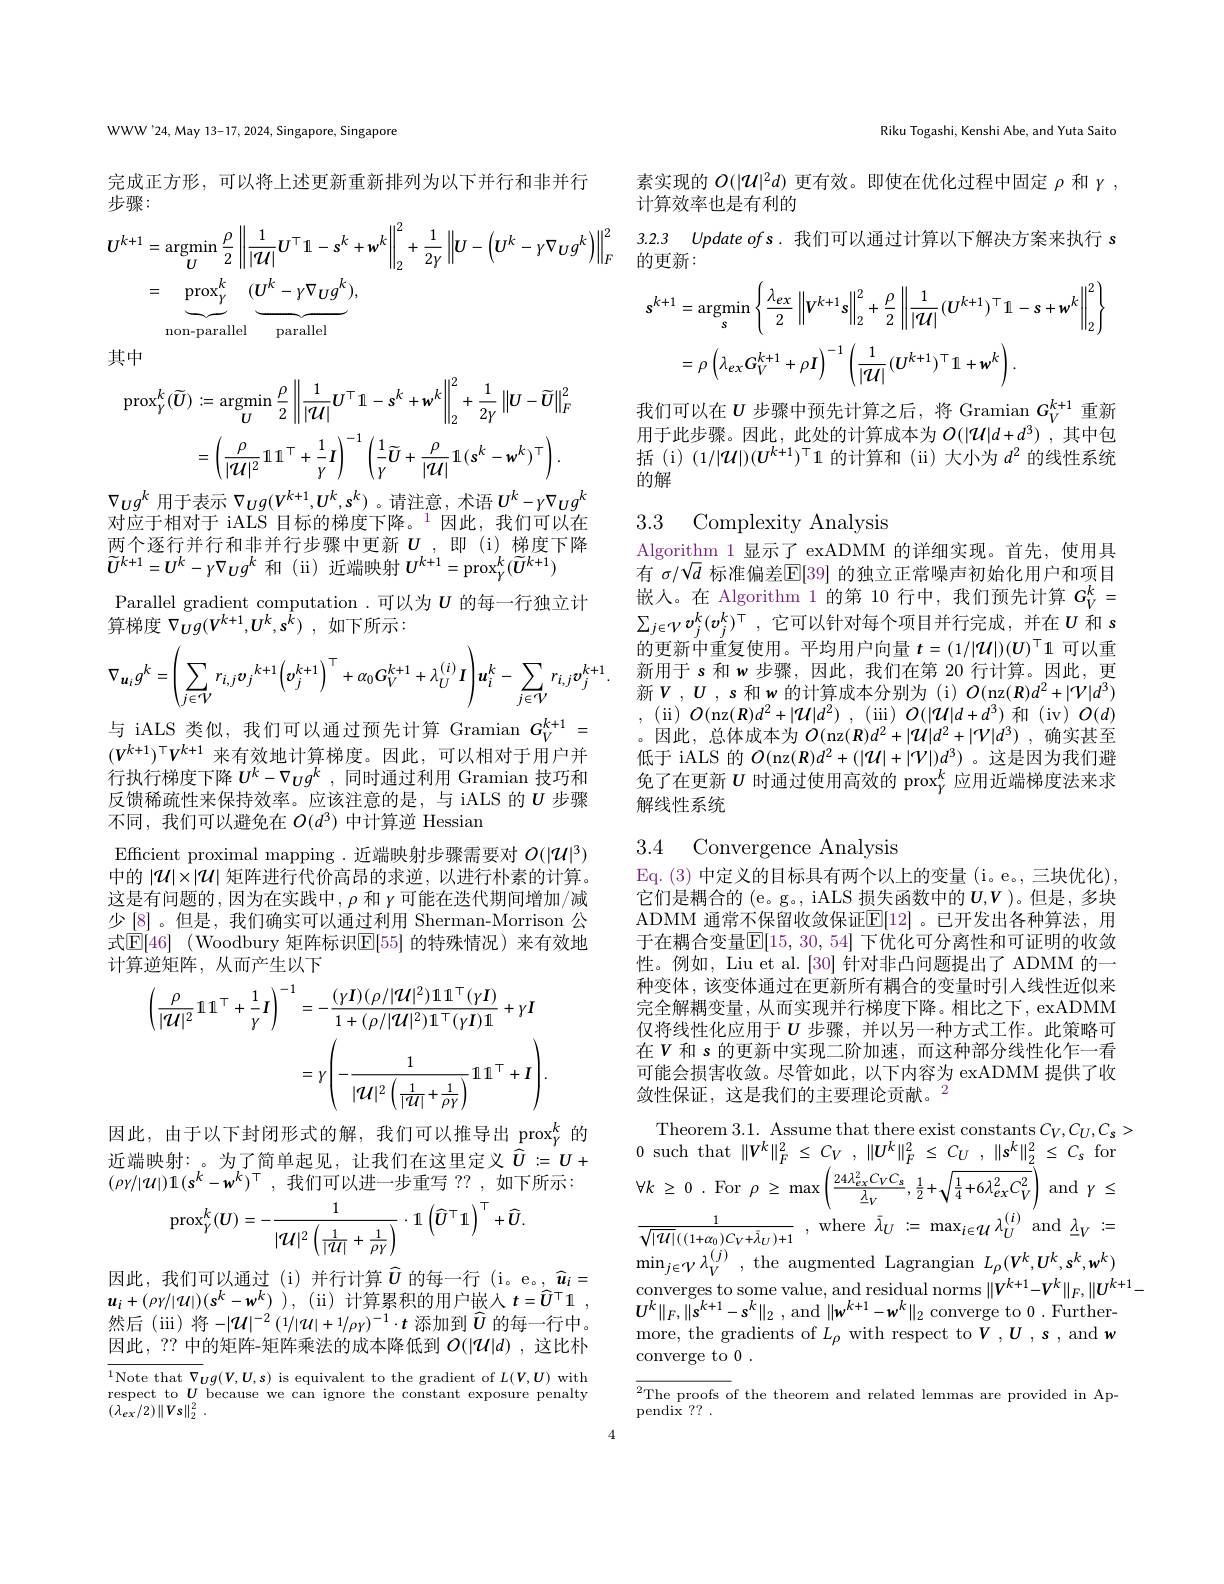
WWW'24, May 13-17, 2024, Singapore, Singapore

完成正方形，可以将上述更新重新排列为以下并行和非并行
步骤：
$$\begin{aligned}&U^{k+1}=\operatorname*{argmin}_{U}\frac{\rho}{2}\left\|\frac{1}{|\mathcal{U}|}U^{\top}1-s^{k}+w^{k}\right\|_{2}^{2}+\frac{1}{2\gamma}\left\|U-\left(U^{k}-\gamma\nabla_{U}g^{k}\right)\right\|_{F}^{2}\\&=\underbrace{\mathrm{prox}_{\gamma}^{k}}_{\mathrm{non-parallel}}(\underbrace{U^{k}-\gamma\nabla_{U}g^{k}}_{\mathrm{parallel}}),\end{aligned}$$
其中
$$\begin{aligned}\mathrm{prox}_{\gamma}^{k}(\widetilde{U})&:=\underset{U}{\operatorname*{argmin}}\frac{\rho}{2}\left\|\frac{1}{|\mathcal{U}|}U^{\top}1-s^{k}+w^{k}\right\|_{2}^{2}+\frac{1}{2\gamma}\left\|U-\widetilde{U}\right\|_{F}^{2}\\&=\left(\frac{\rho}{|\mathcal{U}|^{2}}11^{\top}+\frac{1}{\gamma}I\right)^{-1}\left(\frac{1}{\gamma}\widetilde{U}+\frac{\rho}{|\mathcal{U}|}1\:(s^{k}-w^{k})^{\top}\right).\end{aligned}$$
$\nabla_{\boldsymbol{U}}g^k$用于表示$\nabla_\boldsymbol{U}g(\boldsymbol V^{k+1},\boldsymbol{U}^k,\boldsymbol{s}^k)$ 。请注意，术语$\boldsymbol U^k-\gamma\nabla_{\boldsymbol{U}}g^k$

对应于相对于 iALS 目标的梯度下降。$^{1}$因此，我们可以在两个逐行并行和非并行步骤中更新$U$,即(i)梯度下降$\widetilde{U}^{k+1}=U^{k}-\gamma\nabla_{U}g^{k}$和(ii)近端映射$U^k+1=\mathrm{prox}_{Y}^{k}(\widetilde{U}^{k+1})$
Parallel gradient computation.可以为$U$的每一行独立计
算梯度$\nabla _{U}g( V^{k+ 1}, U^{k}, s^{\hat{k} })$ ,如下所示：
$$\nabla_{\boldsymbol{u}_{i}}g^{k}=\left(\sum_{j\in V}r_{i,j}\boldsymbol{v}_{j}{}^{k+1}\Big(\boldsymbol{v}_{j}^{k+1}\Big)^{\top}+\alpha_{0}\boldsymbol{G}_{V}^{k+1}+\lambda_{U}^{(i)}\boldsymbol{I}\right)\boldsymbol{u}_{i}^{k}-\sum_{j\in V}r_{i,j}\boldsymbol{v}_{j}^{k+1}.$$
与 iALS 类似，我们可以通过预先计算 Gramian $G_V^{k+1}=$ $(V^{k+1})^{\top}V^{k+1}$来有效地计算梯度。因此，可以相对于用户并行执行梯度下降$U^k-\nabla_Ug^k$ ,同时通过利用 Gramian 技巧和反馈稀疏性来保持效率。应该注意的是，与 iALS 的$\upsilon$步骤不同，我们可以避免在$O(d^3)$中计算逆 Hessian
Efficient proximal mapping . 近端映射步骤需要对$O(|\mathcal{U}|^3)$ 中的$|\mathcal{U}|\times|\mathcal{U}|$矩阵进行代价高昂的求逆，以进行朴素的计算。这是有问题的，因为在实践中$,\rho$ 和 $\gamma$可能在迭代期间增加/减少[8]。但是，我们确实可以通过利用 Sherman-Morrison 公式$\mathbb{E} [ 46]$ (Woodbury 矩阵标识$\mathbb{E}[55]$ 的特殊情况)来有效地计算逆矩阵，从而产生以下
$$\begin{aligned}\left(\frac{\rho}{|\mathcal{U}|^{2}}\mathbb{I}\mathbb{I}\mathbb{I}^{\top}+\frac{1}{\gamma}I\right)^{-1}&=-\frac{(\gamma I)(\rho/|\mathcal{U}|^{2})\mathbb{1}\mathbb{1}\mathbb{1}^{\top}(\gamma I)}{1+(\rho/|\mathcal{U}|^{2})\mathbb{1}^{\top}(\gamma I)\mathbb{1}}+\gamma I\\&=\gamma\left(-\frac{1}{|\mathcal{U}|^{2}\left(\frac{1}{|\mathcal{U}|}+\frac{1}{\rho\gamma}\right)}\mathbb{1}\mathbb{1}\mathbb{1}^{\top}+I\right).\end{aligned}$$
因此，由于以下封闭形式的解，我们可以推导出$_{\underline{\mathrm{prox}}}^k$的近端映射：。为了简单起见，让我们在这里定义$\widehat{U}:=U+$ $(\rho\gamma/|U|)1(s^k-w^k)^\top$,我们可以进一步重写？?,如下所示：
$$\mathrm{prox}_{Y}^{k}(U)=-\frac{1}{|\mathcal{U}|^{2}\left(\frac{1}{|\mathcal{U}|}+\frac{1}{\rho\gamma}\right)}\cdot1\:\left(\widehat{U}^{\top}1\right)^{\top}+\widehat{U}.$$
因此，我们可以通过(i)并行计算$\widehat{u}$的每一行(i。e。,$\widehat{u}_i=$ $u_{i}+ ( \rho \gamma / | U| ) ( s^{k}- w^{k})$ ) , (ii) 计算累积的用户嵌入$t= \widehat{U} ^{\top }1$ , 然后(iii)将-$|\mathcal{U}|^{-2}\left(1/|\mathcal{U}|+1/\rho\gamma\right)^{-1}\cdot\boldsymbol{t}$添加到$\widehat{\boldsymbol{U}}$的每一行中。因此，?? 中的矩阵-矩阵乘法的成本降低到$O(|\mathcal{U}|d)$ ,这比朴

${\overline{^{1}\text{Note that }\nabla_{\boldsymbol{U}}}g(V,\boldsymbol{U},\boldsymbol{s})\text{ is equivalent to the gradient of }L(\boldsymbol{V},\boldsymbol{U})\text{ with}}$ respect to $U$ because we can ignore the constant exposure penalty $( \bar {\lambda _{ex}/ 2}) \| Vs\| _{2}^{2}$ .

Riku Togashi, Kenshi Abe, and Yuta Saito

素实现的$O(|\mathcal{U}|^2d)$更有效。即使在优化过程中固定$\rho$和$\gamma$,
计算效率也是有利的

3.2.3 Update ofs. 我们可以通过计算以下解决方案来执行 s

的更新：
$$\begin{aligned}s^{k+1}&=\underset{s}{\operatorname*{argmin}}\left\{\frac{\lambda_{ex}}{2}\left\|V^{k+1}s\right\|_{2}^{2}+\frac{\rho}{2}\left\|\frac{1}{|\mathcal{U}|}(U^{k+1})^{\top}\mathbb{I}-s+w^{k}\right\|_{2}^{2}\right\}\\&=\rho\left(\lambda_{ex}G_{V}^{k+1}+\rho I\right)^{-1}\left(\frac{1}{|\mathcal{U}|}(U^{k+1})^{\top}\mathbb{I}+w^{k}\right).\end{aligned}$$
我们可以在$U$ 步骤中预先计算之后，将 Gramian $G_V^{k+1}$ 重新用于此步骤。因此，此处的计算成本为$O(|\mathcal{U}|d+d^3)$,其中包括 (i) (1/|U|)(U'+1)$^\top1$的计算和 (ii) 大小为$d^2$的线性系统的解

3.3 Complexity Analysis

Algorithm 1 显示了 exADMM 的详细实现。首先，使用具有$\sigma/\sqrt d$标准偏差$\mathbb{E}[39]$的独立正常噪声初始化用户和项目嵌人。在 Algorithm 1 的第 10 行中，我们预先计算$G_V^k=$ $\sum_{j\in\mathcal{V}}v_j^k(v_j^k)^\top$,它可以针对每个项目并行完成，并在$U$ 和 s 的更新中重复使用。平均用户向量$t=(1/|\mathcal{U}|)(U)^\top1$可以重新用于 s 和 w 步骤，因此，我们在第 20 行计算。因此，更新$V,U$ , s 和 w 的计算成本分别为 (i) $O($nz$(\boldsymbol{R})d^2+|\mathcal{V}|d^3)$ , (ii)$O($nz$( \boldsymbol{R}) d^2+ | \mathcal{U} | d^2)$ , (iii)$O(|\mathcal{U}|d+d^3)$和(iv$)O(d)$ 。因此，总体成本为$O($nz$( \boldsymbol{R}) d^2+ | \mathcal{U} | d^2+ | \mathcal{V} | d^3)$ ,确实甚至低于 iALS 的$O($nz$(\boldsymbol{R})d^2+(|\mathcal{U}|+|\mathcal{V}|)d^3)$ 。这是因为我们避免了在更新$U$时通过使用高效的$\mathrm{prox}_{\gamma}^k$应用近端梯度法来求解线性系统

## 3.4 Convergence Analysis

Eq. ( 3) 中 定 义 的 目 标 具 有 两 个 以 上 的 变 量 ( i。e。, 三 块 优 化 ) , 它们是耦合的 (e。g。, iALS 损失函数中的$\boldsymbol{U},\boldsymbol{V}$ )。但是，多块ADMM 通常不保留收敛保证$\mathbb{E}[12]$。已开发出各种算法，用于在耦合变量$\mathbb{E}[15,30,54]$ 下优化可分离性和可证明的收敛性。例如，Liu et al.[30] 针对非凸问题提出了 ADMM 的一种变体，该变体通过在更新所有耦合的变量时引人线性近似来完全解耦变量，从而实现并行梯度下降。相比之下，exADMM 仅将线性化应用于$U$步骤，并以另一种方式工作。此策略可在$V$和 s 的更新中实现二阶加速，而这种部分线性化乍一看可能会损害收敛。尽管如此，以下内容为 exADMM 提供了收敛性保证，这是我们的主要理论贡献。$^{2}$
Theorem 3.1. Assume that there exist constants $C_V,C_U,C_s>$
0 such that $\|V^k\|_F^2\leq C_V,\|U^k\|_F^2\leq C_U,\|s^k\|_2^2\leq C_s$ for $\forall k$ $\geq$ 0 . For $\rho$ $\geq$ $\max \left ( \frac {24\lambda _{ex}^{2}C_{V}C_{s}}{\lambda _{V}}, \:\frac 12+ \sqrt {\frac 14+ 6\lambda _{ex}^{2}C_{V}^{2}}\right )$ and$\gamma$ $\leq$ $\frac 1{\sqrt {| \mathcal{U} | }( ( 1+ \alpha _{0}) C_{V}+ \bar{\lambda } _{U}) + 1}$ ,where$\bar{\lambda}_{U}:=\max_{i\in\mathcal{U}}\lambda_{U}^{(i)}$and$\underline{\lambda}_{V}:=$ $\operatorname* { min} _{j\in \mathcal{V} }\lambda _{V}^{( j) }$ ,the augmented Lagrangian $L_\rho(V^k,U^k,s^k,w^k)$ converges to some value, and residual norms $\|V^{k+1}-V^{k}\|_F,\|U^{k+1}-$
$U^{k}\|_{F},\|\mathbf{s}^{k+1}-\mathbf{s}^{k}\|_{2}$ , and $\|\mathbf{w}^k+1-\mathbf{w}^{k}\|_{2}$ converge to 0. Furthermore, the gradients of $L_\rho$ with respect to $V,U,s$, and $w$ converge to 0.

${\overline{{^2}\text{The proofs of the theorem and related lemmas are provided in Ap-}}}$
pendix ??

4